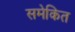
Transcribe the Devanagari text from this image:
समेकित